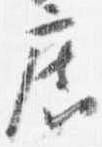
広